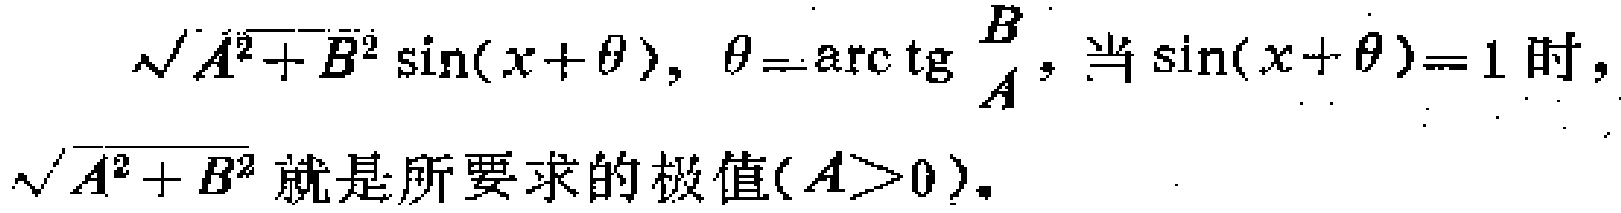
$\sqrt{A^{2}+B^{2}}\sin(x + \theta),\ \theta=\arctan\frac{B}{A},\ 当\sin(x + \theta)=1时,\\\sqrt{A^{2}+B^{2}}就是所要求的极值(A > 0).$